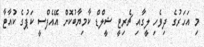
މި އަހަރުގެ ދިވެހި ލީގާއި ޗެރިޓީ ޝީލްޑް ކާމިޔާބުކޮށް އޭއެފްސީ ކަޕުގެ ކުއާޓާ